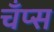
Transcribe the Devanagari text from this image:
चँप्स